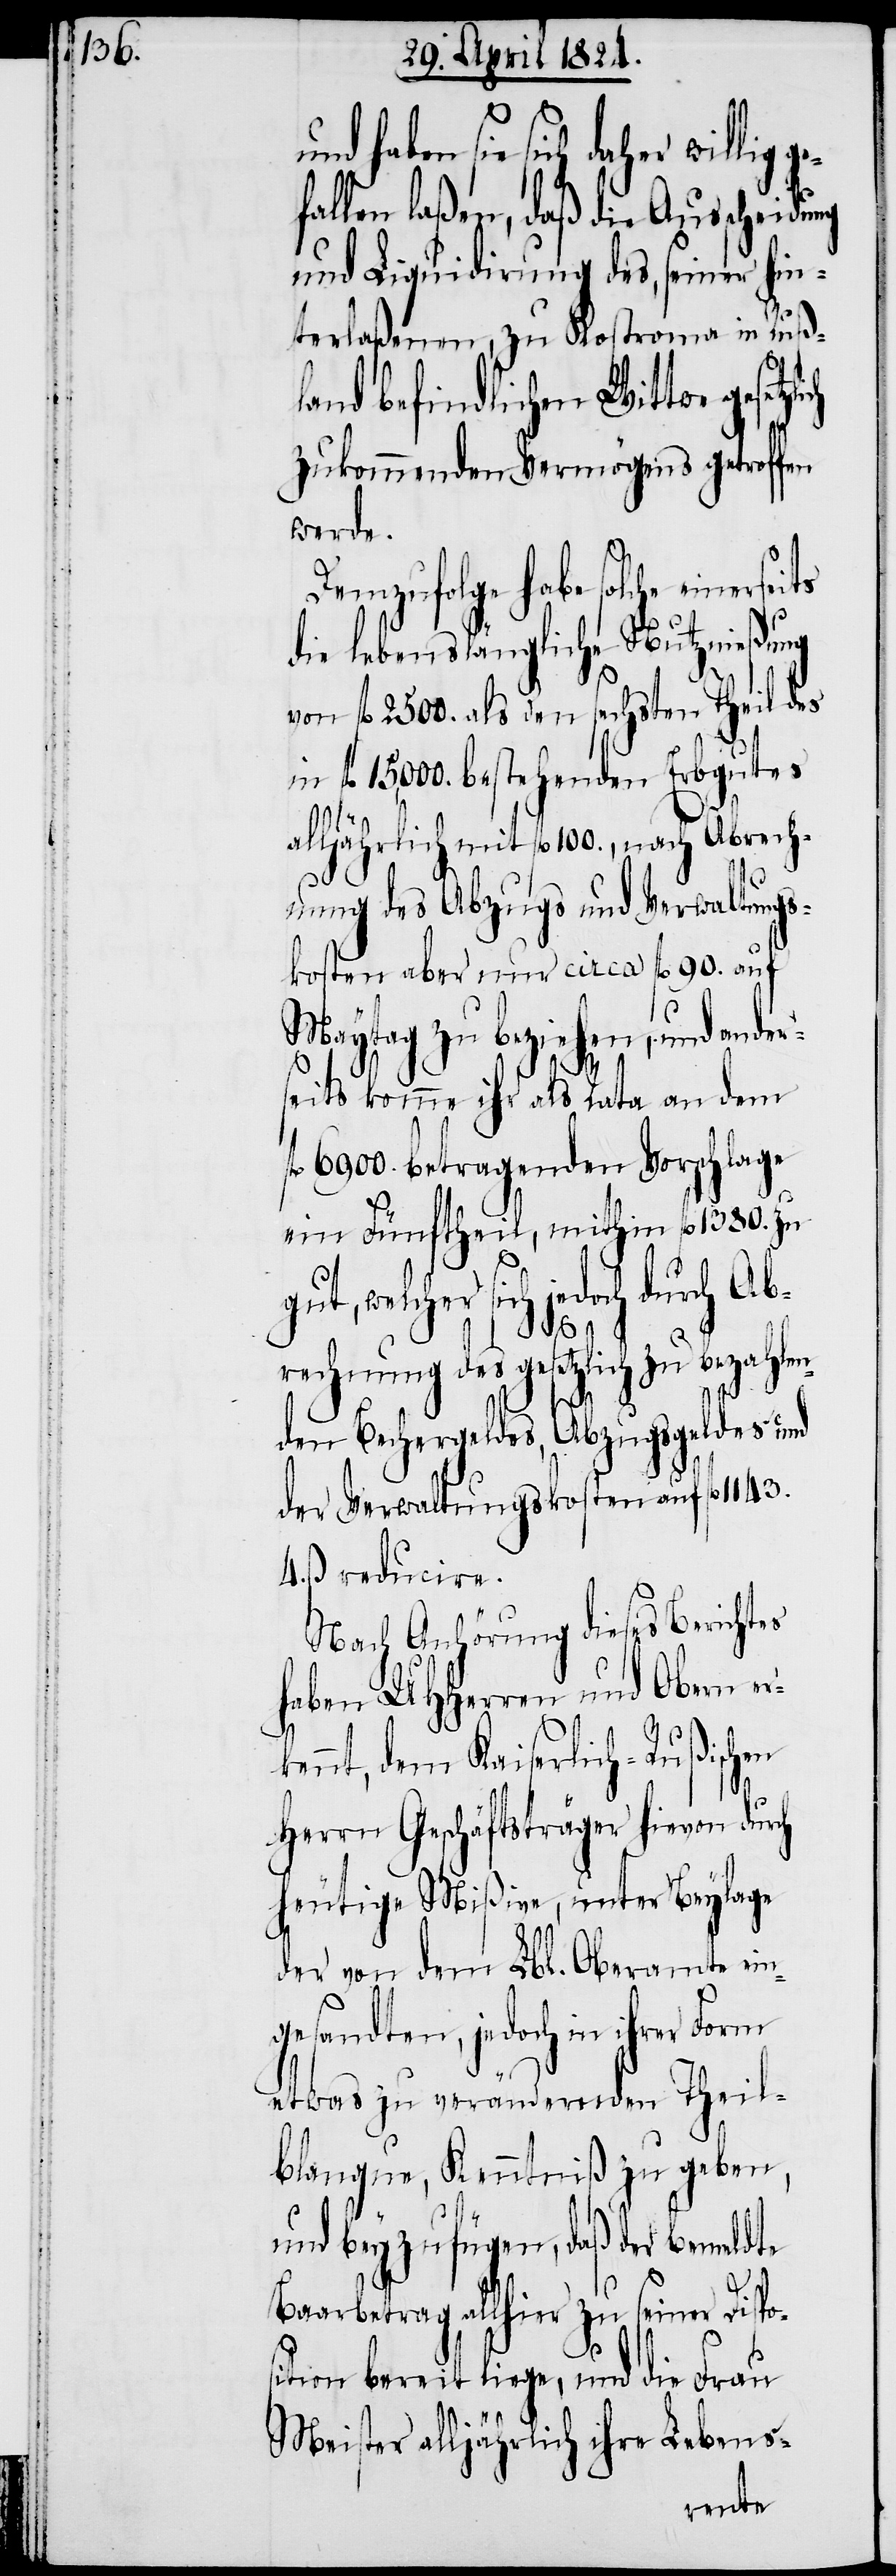
1143. 4.

f¬
haben sie sich daher willig
fallen laßen, daß die Ausscheidu¬
und Liquidirung des, seiner hin¬
terlaßenen, zu Kostroma in Ruß¬
land befindlichen Wittwe gesetz¬
zukommenden Vermögens getroffen
werde.
Demzufolge habe solche einerse¬
die lebenslängliche Nutznießung
von fl. 2500. als den sechsten Theil des
fl. 15'000. bestehenden Erbgutes
alljährlich mit fl. 100., nach Abrech¬
nung des Abzugs und Verwaltungs¬
kosten aber nur circa fl. 90. auf
Maytag zu beziehen, und ander¬
seits komme ihr als Rata an dem
l. 6900. betragenden Vorschlage
ein Fünftheil, mithin fl. 1380. zu
gut, welcher sich jedoch durch Ab¬
ch
lich
rechnung des gesetzlich zu bezahlen¬
den Bechergeldes, Abzugsgeldes und
der Verwaltungskosten auf fl.
ß. reducire.
Nach Anhörung dieses Berichtes
haben UHHerren und Obern er¬
kennt, dem Kaiserlich-Rußischen
Herrn Geschäftsträger hievon dur¬
heutige Mißive, unter Beylage
der von dem Lbl. Oberamte ein¬
gesandten, jedoch in ihrer Form
etwas zu verändernden Theil¬
blanque, Kenntniß gegeben,
und beyzufügen, daß der bemeldte
Baarbetrag allhier zu seiner Dispo¬
sition bereit liege, und die Frau
Meister alljährlich ihre Lebens-